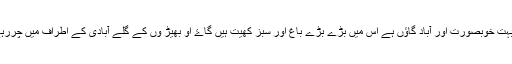
علی آباد بہت خوبصورت اور آباد گاؤں ہے اس میں بڑے بڑے باغ اور سبز کھیت ہیں گاۓ او بھیڑ وں کے گلے آبادی کے اطراف میں چررہے تھے ۔